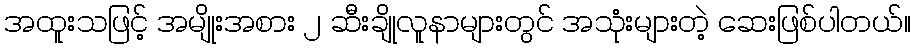
အထူးသဖြင့် အမျိုးအစား ၂ ဆီးချိုလူနာများတွင် အသုံးများတဲ့ ဆေးဖြစ်ပါတယ်။